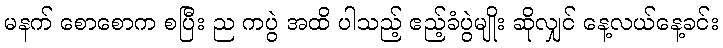
မနက် စောစောက စပြီး ည ကပွဲ အထိ ပါသည့် ဧည့်ခံပွဲမျိုး ဆိုလျှင် နေ့လယ်နေ့ခင်း